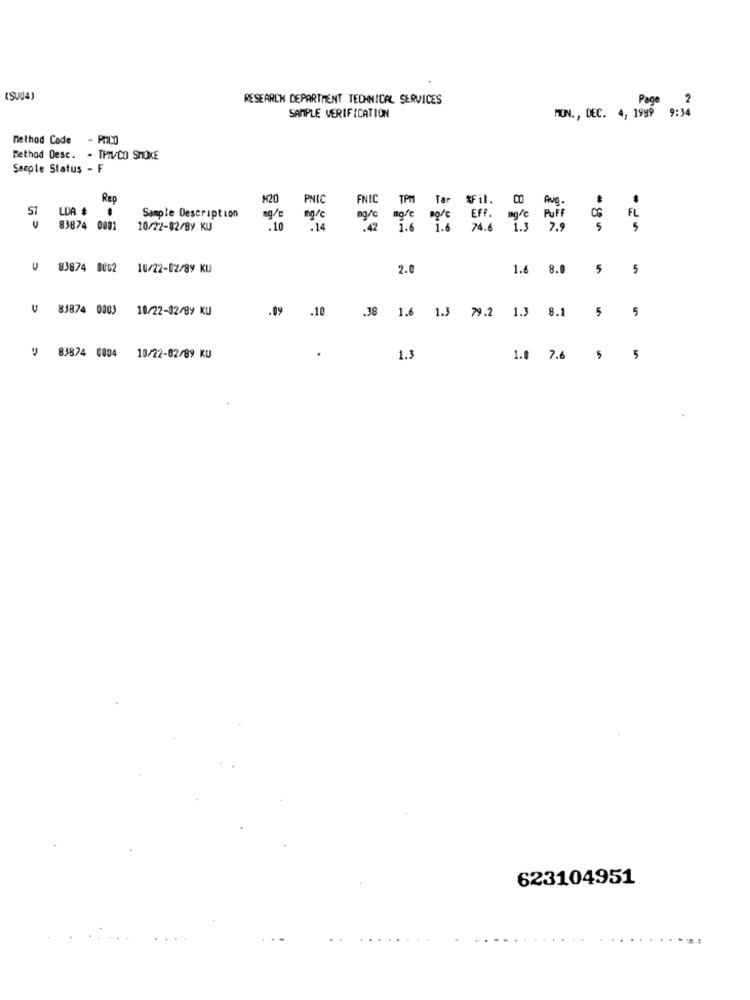
RESEARCH DEPARTMENT TECHNICAL SERVICES
Page 2
SAMPLE VERIFICATION
MON ., DEC. 4, 1989 9:34
Method Code - POLO
Method Desc. - THIV/CO SMOKE
Sample Status - F
Rep
M20
PNIC
FNIC
#Fil.
Ave.
ST
LDA #
TPM
Ter
.
Sample Description
ng/c
ng/
PUFF
83874 0001
10/22-82/89 KU
.10
.14
Ert.
8,2
7.9
83874 0002 10/22-02/89 KU
2.0
1.6 8.0 5 5
81874 0003 10/22-02/89 KU
.09
.10
.38
1.3
8.1
5
1.6 1.3 79.2
5
V 83874 0004 10/22-02/89 KU
1.3
1.0 7.6
5
623104951